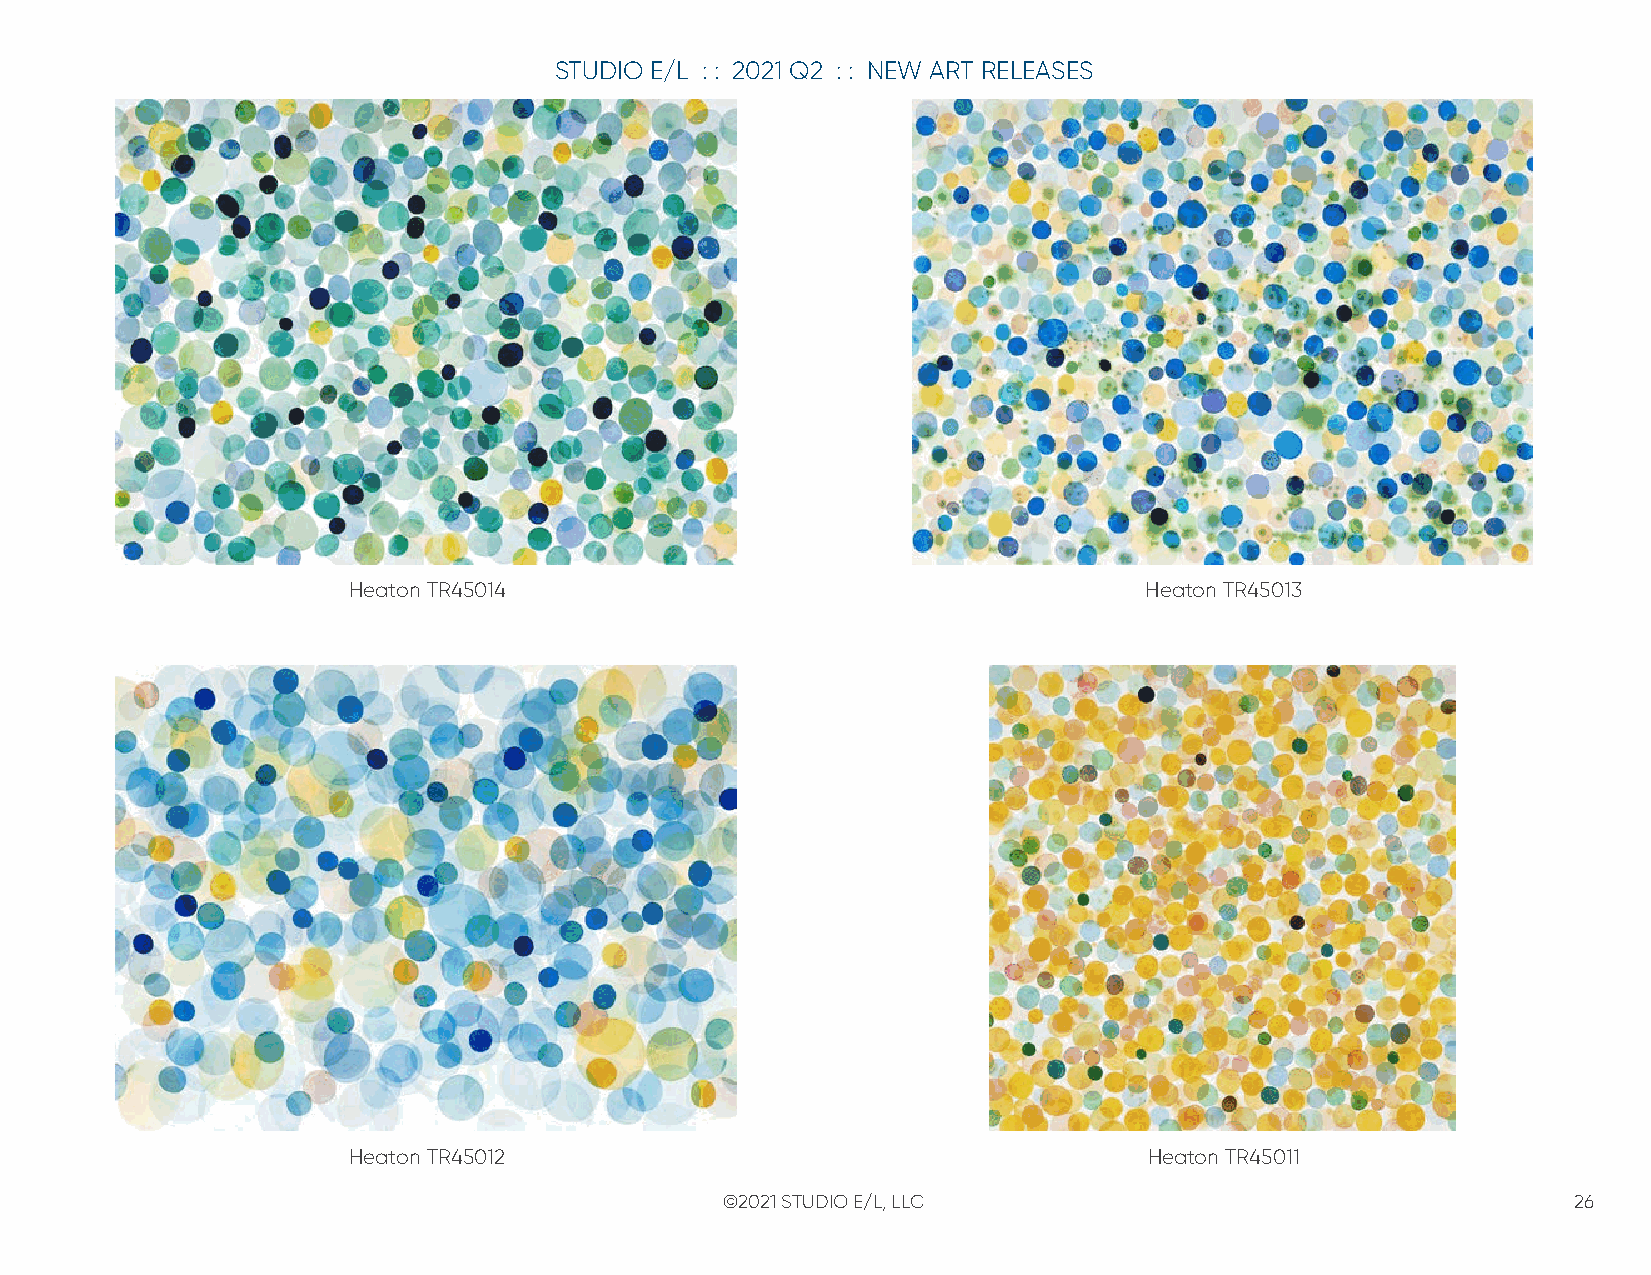
STUDIO E/L : : 2021 Q2 : : NEW ART RELEASES
 Heaton TR45014                                       Heaton TR45013
 Heaton TR45012                                       Heaton TR45011
 ©2021 STUDIO E/L, LLC                                   26